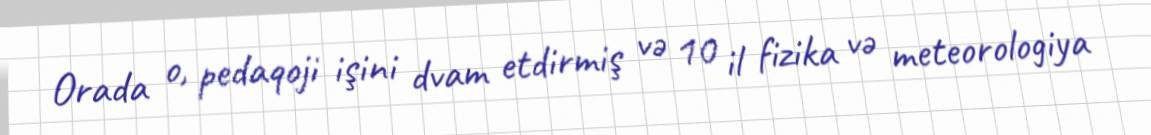
Orada o, pedaqoji işini dvam etdirmiş və 10 il fizika və meteorologiya